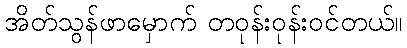
အိတ်သွန်ဖာမှောက် တဝုန်းဝုန်းဝင်တယ်။